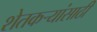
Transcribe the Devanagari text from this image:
शेतकर्‍यांसाठी